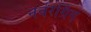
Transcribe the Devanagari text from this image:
नर्बरर्ग्रिंग